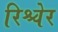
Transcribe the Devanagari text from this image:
रिश्चेर